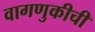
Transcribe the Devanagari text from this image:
वागणुकीची